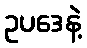
ဥပဒေနဲ့